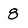
Character: 8